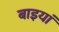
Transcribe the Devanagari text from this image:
बाइयां